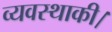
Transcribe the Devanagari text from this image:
व्यवस्थाकी।